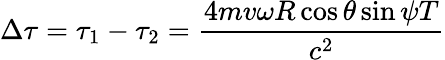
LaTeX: \Delta\tau=\tau_{1}-\tau_{2}=\frac{4mv\omega R\cos{\theta}\sin{\psi}T}{c^{2}}